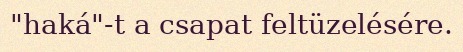
"haká"-t a csapat feltüzelésére.